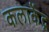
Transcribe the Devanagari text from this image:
कलाकेंद्र